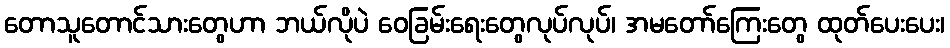
တောသူတောင်သားတွေဟာ ဘယ်လိုပဲ ဝေခြမ်းရေးတွေလုပ်လုပ်၊ အမတော်ကြေးတွေ ထုတ်ပေးပေး၊